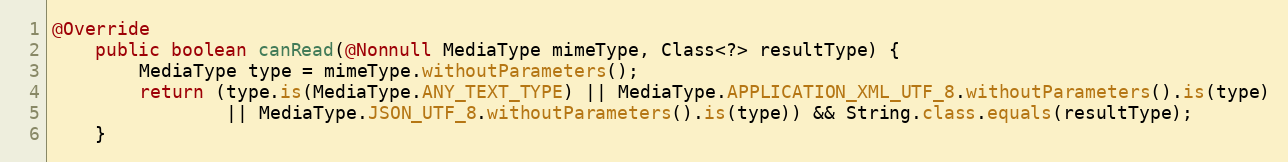
Language: Java
@Override
    public boolean canRead(@Nonnull MediaType mimeType, Class<?> resultType) {
        MediaType type = mimeType.withoutParameters();
        return (type.is(MediaType.ANY_TEXT_TYPE) || MediaType.APPLICATION_XML_UTF_8.withoutParameters().is(type)
                || MediaType.JSON_UTF_8.withoutParameters().is(type)) && String.class.equals(resultType);
    }